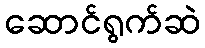
ဆောင်ရွက်ဆဲ